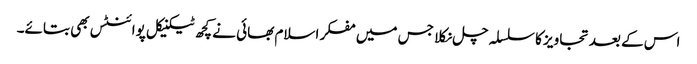
اس کے بعد تجاویز کا سلسلہ چل نکلا جس میں مفکر اسلام بھائی نے کچھ ٹیکنیکل پوائنٹس بھی بتائے۔